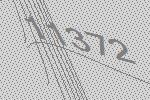
11372